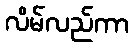
လိမ်လည်ကာ